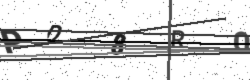
Text: PD8RO